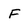
Character: F